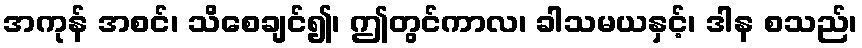
အကုန် အစင်၊ သိစေချင်၍၊ ဤတွင်ကာလ၊ ခါသမယနှင့်၊ ဒါန စသည်၊